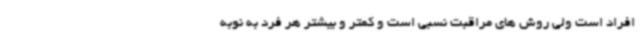
افراد است ولی روش های مراقبت نسبی است و کمتر و بیشتر هر فرد به نوبه